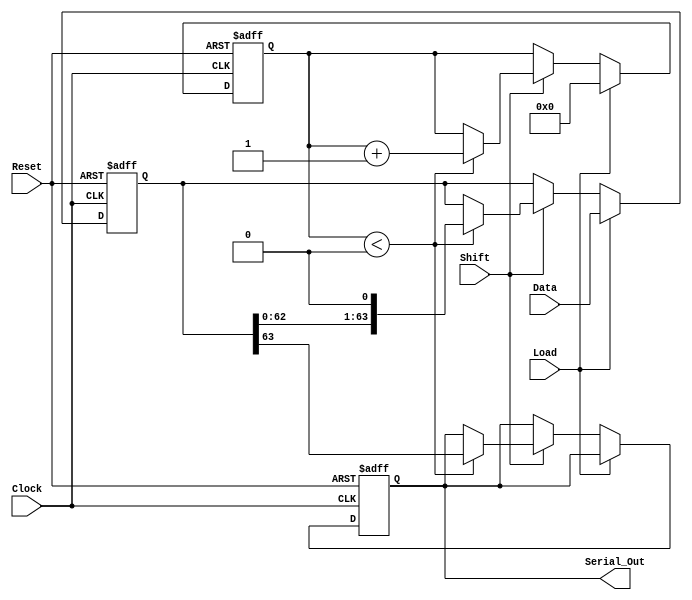
module PISO_64bit (
    input  wire [63:0] Data,     // Parallel Input
    input  wire Load,            // Load Control Signal
    input  wire Shift,           // Shift Control Signal
    input  wire Clock,           // Clock Signal
    input  wire Reset,           // Asynchronous Reset Signal
    output reg  Serial_Out       // Serial Output
);

    reg [63:0] shift_reg;        // 64-bit shift register
    reg [5:0] shift_count;       // 6-bit counter for tracking shifts

    // Asynchronous Reset and Shift/Load Operations
    always @(posedge Clock or posedge Reset) begin
        if (Reset) begin
            shift_reg  <= 64'b0;      // Clear the register on reset
            shift_count <= 6'b0;      // Clear the shift counter
            Serial_Out <= 1'b0;       // Clear Serial Output
        end else begin
            if (Load) begin
                shift_reg <= Data;     // Load data into shift register
                shift_count <= 6'b0;   // Reset counter upon loading
            end
            else if (Shift) begin
                if (shift_count < 6'd64) begin
                    Serial_Out <= shift_reg[63]; // Output the MSB
                    shift_reg <= {shift_reg[62:0], 1'b0}; // Shift right
                    shift_count <= shift_count + 1; // Increment counter
                end
            end
        end
    end

endmodule